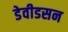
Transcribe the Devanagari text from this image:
डेवीडसन